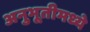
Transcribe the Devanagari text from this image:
अनुभूतीमध्ये